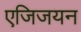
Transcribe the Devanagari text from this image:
एजिजयन